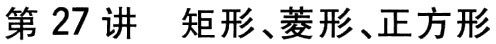
第 27 讲  矩形、菱形、正方形